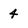
Character: 4